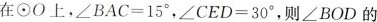
在⊙O上，$$\angle BAC=15^{\circ}$$，$$\angle CED=30^{\circ}$$，则\angle BOD的